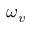
\omega _ { v }